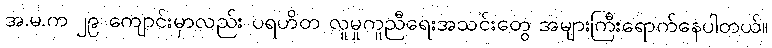
အ.မ.က ၂၉ ကျောင်းမှာလည်း ပရဟိတ လူမှုကူညီရေးအသင်းတွေ အများကြီးရောက်နေပါတယ်။